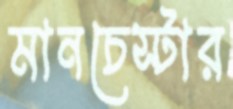
মানচেস্টার